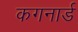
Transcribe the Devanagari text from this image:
कगनार्ड